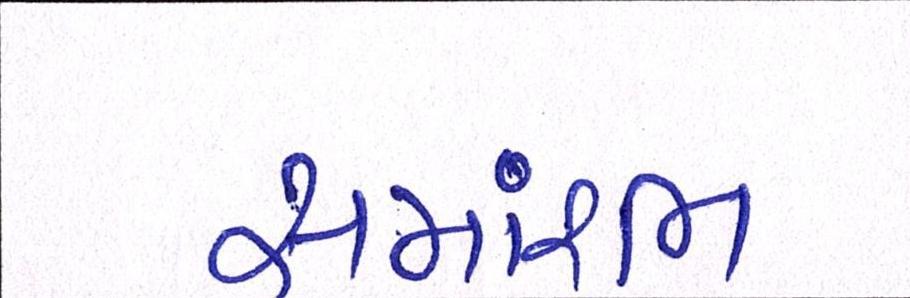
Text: સમાંરભ